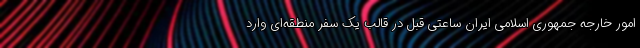
امور خارجه جمهوری اسلامی ایران ساعتی قبل در قالب یک سفر منطقه‌ای وارد